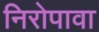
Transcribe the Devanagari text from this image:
निरोपावा